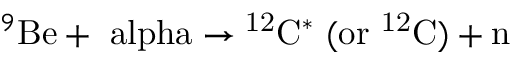
{ } ^ { 9 } \mathrm { { B e } + \ a l p h a \rightarrow { } ^ { 1 2 } \mathrm { { C } ^ { * } ~ ( \mathrm { { o r } ~ { } ^ { 1 2 } \mathrm { { C } ) + n } } } }